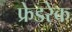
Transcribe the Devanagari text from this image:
फ्रेडरेक